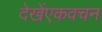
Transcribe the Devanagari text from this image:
देखेंएकवचन